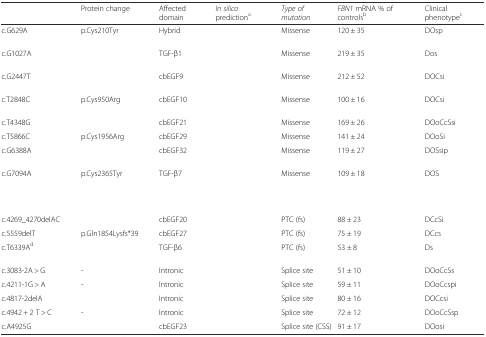
<table><thead><tr><td>[EMPTY_CELL]</td><td><b>Protein change</b></td><td><b>Affected domain</b></td><td><b><i>In silico</i> prediction<sup>a</sup></b></td><td><b><i>Type of mutation</i></b></td><td><b><i>FBN1</i> mRNA % of controls<sup>b</sup></b></td><td><b>Clinical phenotype<sup>c</sup></b></td></tr></thead><tbody><tr><td>c.G629A</td><td>p.Cys210Tyr</td><td>Hybrid</td><td>[EMPTY_CELL]</td><td>Missense</td><td>120 ± 35</td><td>DOsp</td></tr><tr><td>c.G1027A</td><td>[EMPTY_CELL]</td><td>TGF-β1</td><td>[EMPTY_CELL]</td><td>Missense</td><td>219 ± 35</td><td>Dos</td></tr><tr><td>c.G2447T</td><td>[EMPTY_CELL]</td><td>cbEGF9</td><td>[EMPTY_CELL]</td><td>Missense</td><td>212 ± 52</td><td>DOCsi</td></tr><tr><td>c.T2848C</td><td>p.Cys950Arg</td><td>cbEGF10</td><td>[EMPTY_CELL]</td><td>Missense</td><td>100 ± 16</td><td>DOCsi</td></tr><tr><td>c.T4348G</td><td>[EMPTY_CELL]</td><td>cbEGF21</td><td>[EMPTY_CELL]</td><td>Missense</td><td>169 ± 26</td><td>DOoCcSsi</td></tr><tr><td>c.T5866C</td><td>p.Cys1956Arg</td><td>cbEGF29</td><td>[EMPTY_CELL]</td><td>Missense</td><td>141 ± 24</td><td>DOoSi</td></tr><tr><td>c.G6388A</td><td>[EMPTY_CELL]</td><td>cbEGF32</td><td>[EMPTY_CELL]</td><td>Missense</td><td>119 ± 27</td><td>DOSsip</td></tr><tr><td>c.G7094A</td><td>p.Cys2365Tyr</td><td>TGF-β7</td><td>[EMPTY_CELL]</td><td>Missense</td><td>109 ± 18</td><td>DOS</td></tr><tr><td>[EMPTY_CELL]</td><td>[EMPTY_CELL]</td><td>[EMPTY_CELL]</td><td>[EMPTY_CELL]</td><td>[EMPTY_CELL]</td><td>[EMPTY_CELL]</td><td>[EMPTY_CELL]</td></tr><tr><td>c.4269_4270delAC</td><td>[EMPTY_CELL]</td><td>cbEGF20</td><td>[EMPTY_CELL]</td><td>PTC (fs)</td><td>88 ± 23</td><td>DCcSi</td></tr><tr><td>c.5559delT</td><td>p.Gln1854Lysfs*39</td><td>cbEGF27</td><td>[EMPTY_CELL]</td><td>PTC (fs)</td><td>75 ± 19</td><td>DCcs</td></tr><tr><td>c.T6339A<sup>d</sup></td><td>[EMPTY_CELL]</td><td>TGF-β6</td><td>[EMPTY_CELL]</td><td>PTC (fs)</td><td>53 ± 8</td><td>Ds</td></tr><tr><td>c.3083-2A &gt; G</td><td>-</td><td>Intronic</td><td>[EMPTY_CELL]</td><td>Splice site</td><td>51 ± 10</td><td>DOoCcSs</td></tr><tr><td>c.4211-1G &gt; A</td><td>-</td><td>Intronic</td><td>[EMPTY_CELL]</td><td>Splice site</td><td>59 ± 11</td><td>DOoCcspi</td></tr><tr><td>c.4817-2delA</td><td>[EMPTY_CELL]</td><td>Intronic</td><td>[EMPTY_CELL]</td><td>Splice site</td><td>80 ± 16</td><td>DOCcsi</td></tr><tr><td>c.4942 + 2 T &gt; C</td><td>-</td><td>Intronic</td><td>[EMPTY_CELL]</td><td>Splice site</td><td>72 ± 12</td><td>DOoCcSsp</td></tr><tr><td>c.A4925G</td><td>[EMPTY_CELL]</td><td>cbEGF23</td><td>[EMPTY_CELL]</td><td>Splice site (CSS)</td><td>91 ± 17</td><td>DOosi</td></tr></tbody></table>